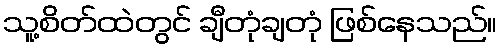
သူ့စိတ်ထဲတွင် ချီတုံချတုံ ဖြစ်နေသည်။